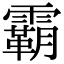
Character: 霸